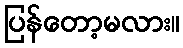
ပြန်တော့မလား။